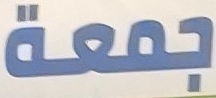
جمعة